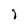
Character: i